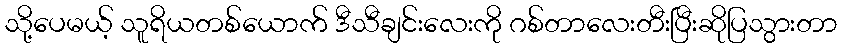
သို့ပေမယ့် သူရိယတစ်ယောက် ဒီသီချင်းလေးကို ဂစ်တာလေးတီးပြီးဆိုပြသွားတာ